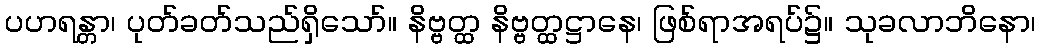
ပဟရန္တာ၊ ပုတ်ခတ်သည်ရှိသော်။ နိဗ္ဗတ္ထ နိဗ္ဗတ္ထဋ္ဌာနေ၊ ဖြစ်ရာအရပ်၌။ သုခလာဘိနော၊